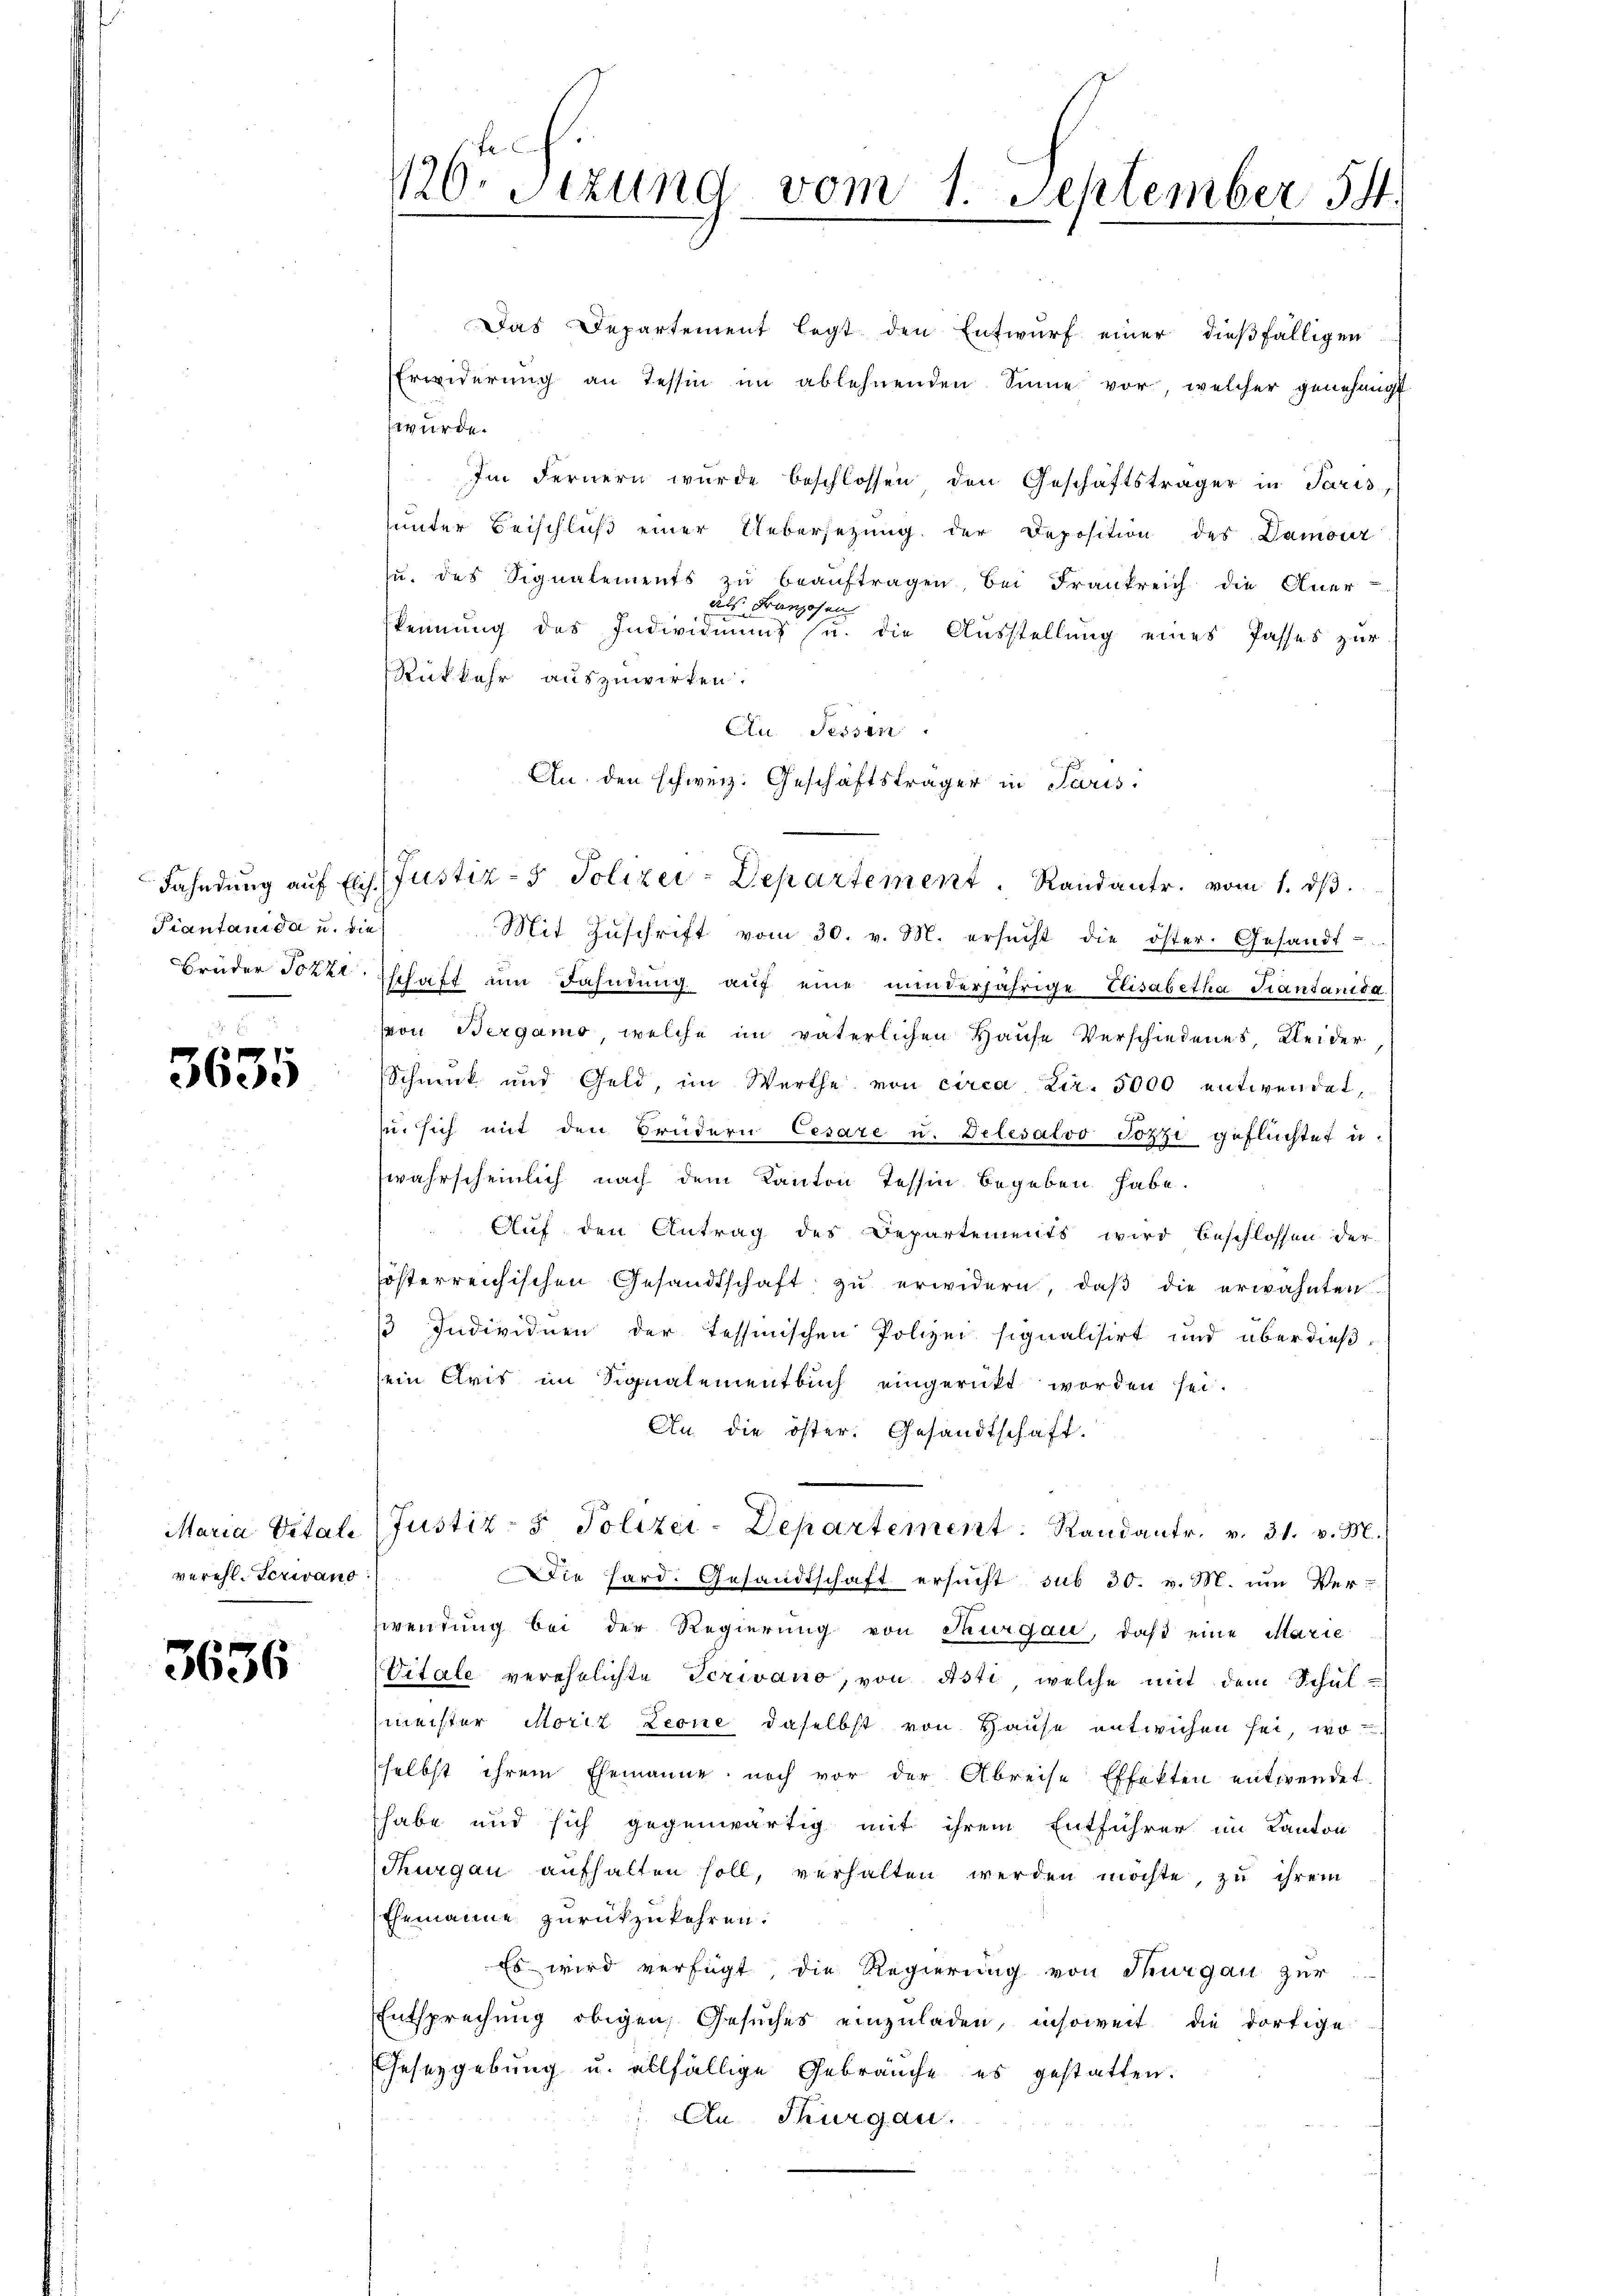
Tiantanida u. die

3635

verehl. Ferwand

3636

120. Sizung vom 1. September 5.

Das Departement legt den Entwurf einer dießfälligen
Erwiderŭng an Tessin im ablehnenden Sinne vor, welcher genehmigt
würde.
Im Fernern würde beschlossen den Geschäftsträger in Paris,
unter Beischlŭβ einer Uebersetzŭng der Deposition des Damour
zu des Signalements zu beaŭftragen, bei Frankreich die Aner-
das Franzosen
kennung des Individuums u. die Ausstellung eines Passes zur
Rükkehr auszuwirken.
Au Tessin
An. den schweiz. Geschäftsträger in Paris
Mit Zŭschrift vom 30. v. M. ersŭcht die öster. Gesandt-
Brüder Tozzi Tschaft ŭm Fahndŭng aŭf eine minderjährige Elisabetha Krantanida
von Bergamo, welche im väterlichen Hause Verschiedenes, Kleider
Schnik und Geld, im Werthe von circa Lir. 5000 entwendet,
ŭ sich mit den Brüdern Cesare u. Delesalvo Jozzi geflüchtet u.
wahrscheinlich nach dem Kanton Tessin begeben habe.
Auf den Antrag des Departements wird beschlossen der
österreichischen Gesandtschaft zu erwidern, daß die erwähnten
 Individuen der Tessinischen Polizei signalisirt und überdießsein Cris im Signalementbuch eingerückt worden sei.
An die öster. Gesandtschaft.
Maria Vitale Justiz- & Polizei-Departement. Randantr. v. 31. v. M.
Die Hard. Gesandtschaft ersucht sub 30. v. M. um Verwendung bei der Regierung von Thurgau, daß eine Marie
Vitale verehelichte Serivano, von Asti, welche mit dem Schulmeister Moriz Leone daselbst von Hause entwichen sei, wo
selbst ihrem Ehemanne noch vor der Abreise Effekten entwendet
habe und sich gegenwärtig mit ihrem Entführer im Kanton
Thurgau aufhalten soll, verhalten werden möchte, zu ihrem
Ehemanne zurückzukehren.
Es wird verfügt, die Regierung von Thurgau zur
Entsprechung obigen, Gesuches einzuladen, insoweit die dortige
Gesezgebung u. allfällige Gebräuche es gestatten.
An Thurgau.

Fahndŭng aŭf Eis Justiz- & Polizei-Departement. Randantr. vom 1. dβ.